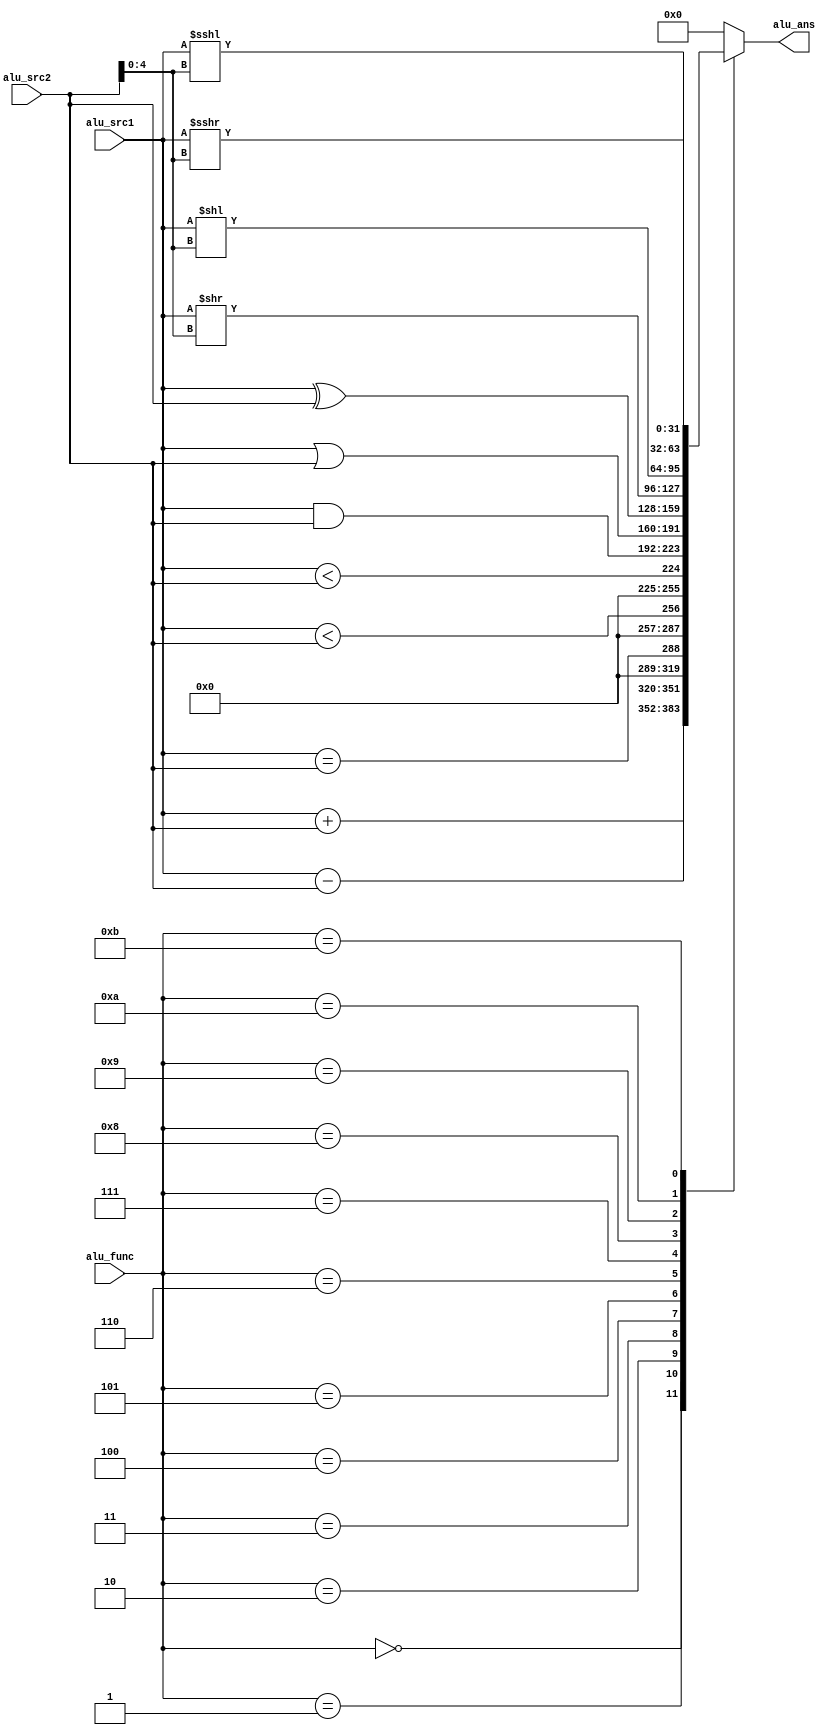
`timescale 1ns / 1ps
//////////////////////////////////////////////////////////////////////////////////
// Company: 
// Engineer: 
// 
// Design Name: 
// Module Name: ALU
// Project Name: 
// Target Devices: 
// Tool Versions: 
// Description: 
// 
// Dependencies: 
// 
// Revision:
// Revision 0.01 - File Created
// Additional Comments:
// 
//////////////////////////////////////////////////////////////////////////////////

	// //alu_func
	// parameter ADD=4'd0;
	// parameter SUB=4'd1;
	// parameter EQUAL=4'd2;
	// parameter UNSIGNED_LESS_THAN=4'd3;
	// parameter LESS_THAN=4'd4;
	// parameter AND=4'd5;
	// parameter OR=4'd6;
	// parameter XOR=4'd7;
	// parameter SHIFT_RIGHT=4'd8;
	// parameter SHIFT_LEFT=4'd9;
	// parameter SHIFT_LEFT_ARITH=4'd10;
	// parameter SHIFT_RIGHT_ARITH=4'd11;
	// parameter ELSE=4'd12;

module ALU #(parameter WIDTH = 32)(
	input [WIDTH-1:0] alu_src1, alu_src2, //  a
	input [3:0] alu_func, //     
	output reg [WIDTH-1:0] alu_ans //   
);
	always @(*)
	begin
		case(alu_func)
			4'b0000:
				begin
					alu_ans=alu_src1+alu_src2;
				end
			4'b0001:
				begin
					alu_ans=alu_src1-alu_src2;
				end
			4'b0010:
			begin
				alu_ans=(alu_src1==alu_src2);
			end
			4'b0011:
			begin
				alu_ans=(alu_src1<alu_src2);
			end
			4'b0100:
			begin
				alu_ans=($signed(alu_src1)<$signed(alu_src2));
			end
			4'b0101:
			begin
				alu_ans=alu_src1&alu_src2;
			end
			4'b0110:
			begin
				alu_ans=alu_src1|alu_src2;
			end
			4'b111:
			begin
				alu_ans=alu_src1^alu_src2;
			end
			4'b1000:
			begin
				alu_ans=alu_src1>>(alu_src2[4:0]);
			end
			4'b1001:
			begin
				alu_ans=alu_src1<<(alu_src2[4:0]);
			end
			4'b1010:
			begin
				alu_ans=$signed(alu_src1)<<<(alu_src2[4:0]);
			end
			4'b1011:
			begin
				alu_ans=$signed(alu_src1)>>>(alu_src2[4:0]);
			end
			default:
			begin
				alu_ans=0;
			end
		endcase
	end
endmodule